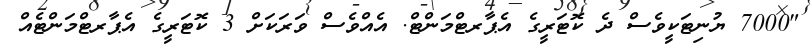
"7000 ޔުނިޓަކީވެސް ދެ ކޮޓަރީގެ އެޕާރޓްމަންޓް. އެއްވެސް ވަރަކަށް 3 ކޮޓަރީގެ އެޕާރޓްމަންޓެއް